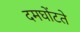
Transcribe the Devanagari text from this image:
दमघोंटते